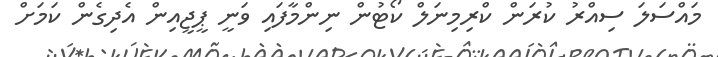
މައްސަލަ ސިއްރު ކުރަން ކްރިމިނަލް ކޯޓުން ނިންމާފައި ވަނީ ޕީޖީއިން އެދިގެން ކަމަށް